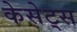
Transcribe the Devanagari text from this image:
केसेट्स